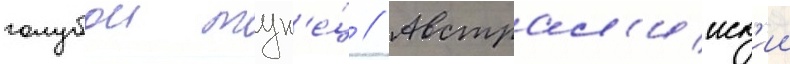
голубои тун'е́ц // Австрал'ииск'ии